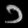
Digit: ၁